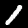
Label: 1